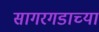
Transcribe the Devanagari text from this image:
सागरगडाच्या